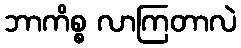
ဘာကိစ္စ လာကြတာလဲ